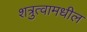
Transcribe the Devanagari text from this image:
शत्रुत्वामधील